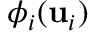
\phi _ { i } ( \mathbf { u } _ { i } )